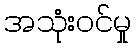
အသုံးဝင်မှု